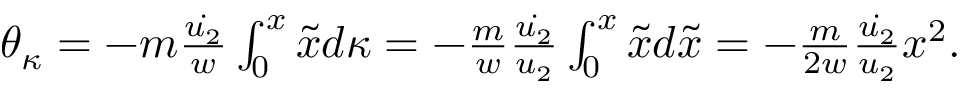
\begin{array} { r } { \theta _ { \kappa } = - m \frac { \dot { u _ { 2 } } } { w } \int _ { 0 } ^ { x } \tilde { x } d \kappa = - \frac { m } { w } \frac { \dot { u _ { 2 } } } { u _ { 2 } } \int _ { 0 } ^ { x } \tilde { x } d \tilde { x } = - \frac { m } { 2 w } \frac { \dot { u _ { 2 } } } { u _ { 2 } } x ^ { 2 } . } \end{array}